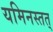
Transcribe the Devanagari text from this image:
यमिनस्तत्